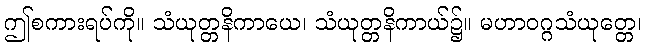
ဤစကားရပ်ကို။ သံယုတ္တနိကာယေ၊ သံယုတ္တနိကာယ်၌။ မဟာဝဂ္ဂသံယုတ္တေ၊